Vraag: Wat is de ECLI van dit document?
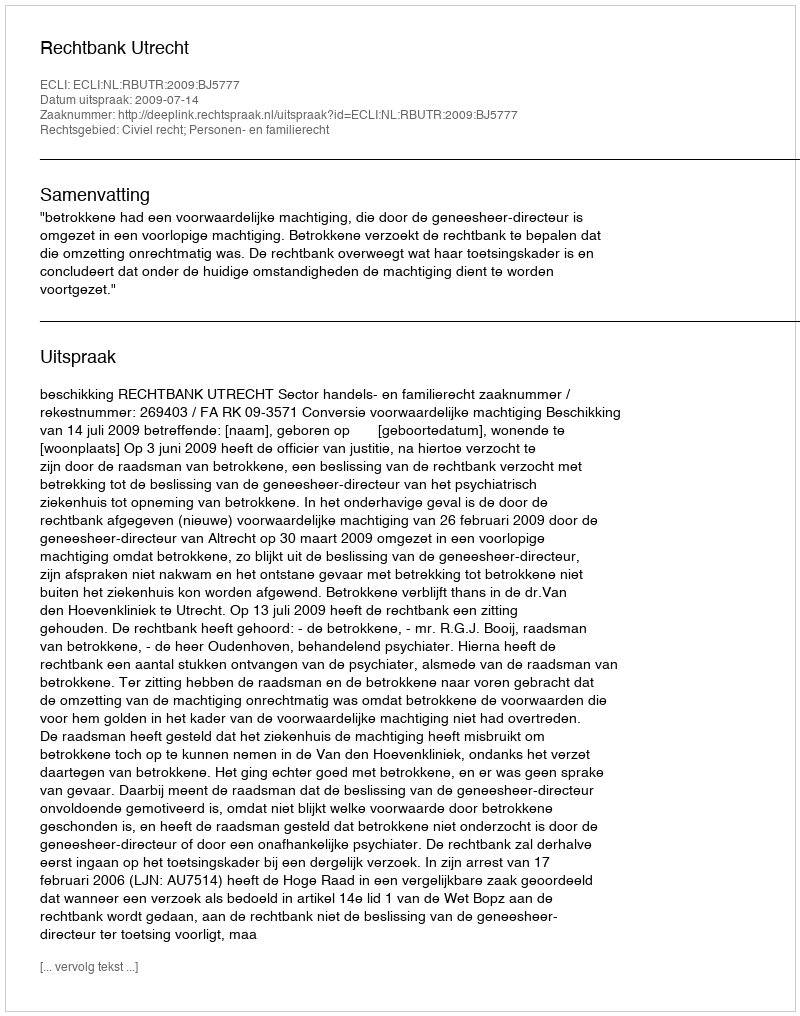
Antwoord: ECLI:NL:RBUTR:2009:BJ5777